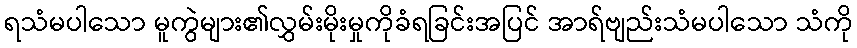
ရသံမပါသော မူကွဲများ၏လွှမ်းမိုးမှုကိုခံရခြင်းအပြင် အာရ်ဗျည်းသံမပါသော သံကို